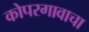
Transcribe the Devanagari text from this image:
कोपरगावाचा